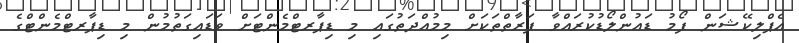
އެޕްލިކޭޝަން ފޯމު ޑައުންލޯޑުކުރައްވާ ފަރާތްތަކަށް މިމުއްދަތުގައި މި ޑިޕާރޓްމެންޓަށް ވަޑައިގަތުމުން މި ޑިޕާރޓްމެންޓްގެ